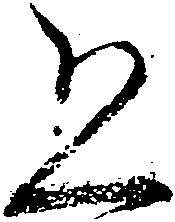
恐